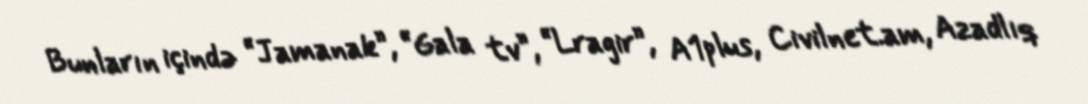
Bunların içində “Jamanak”, “Gala tv”, “Lragir”, A1plus, Civilnet.am, Azadlıq